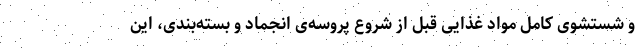
و شستشوی کامل مواد غذایی قبل از شروع پروسه‌ی انجماد و بسته‌بندی، این